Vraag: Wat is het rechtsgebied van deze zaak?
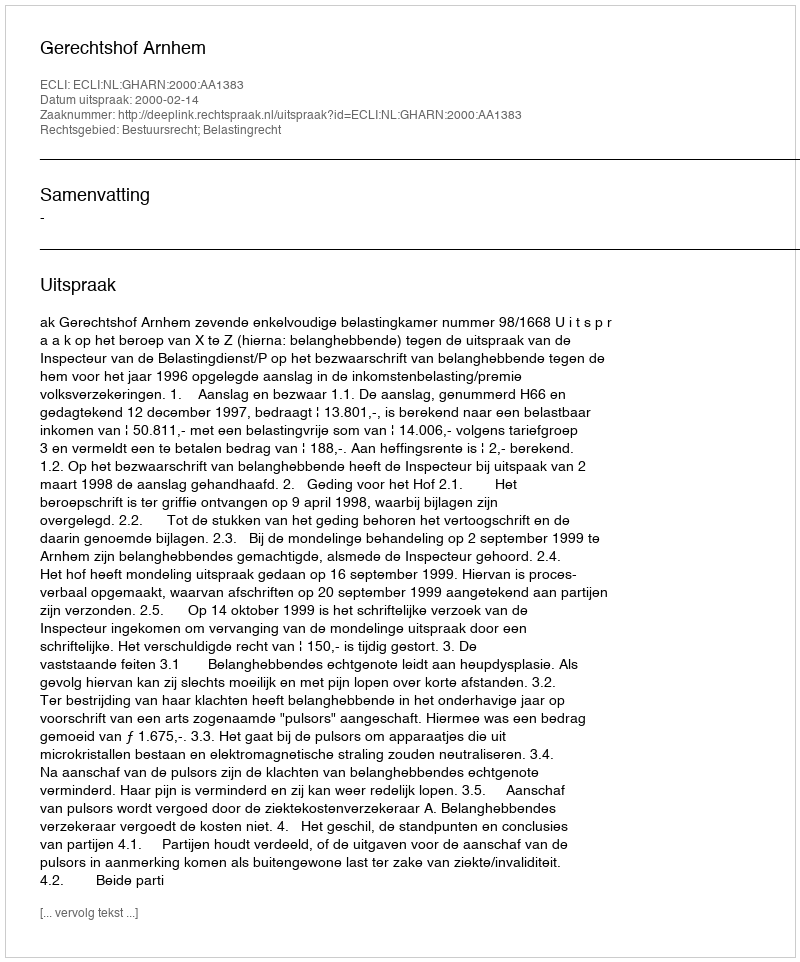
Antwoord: Bestuursrecht; Belastingrecht